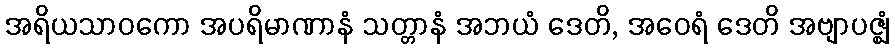
အရိယသာဝကော အပရိမာဏာနံ သတ္တာနံ အဘယံ ဒေတိ, အဝေရံ ဒေတိ အဗျာပဇ္ဈံ